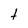
Character: t